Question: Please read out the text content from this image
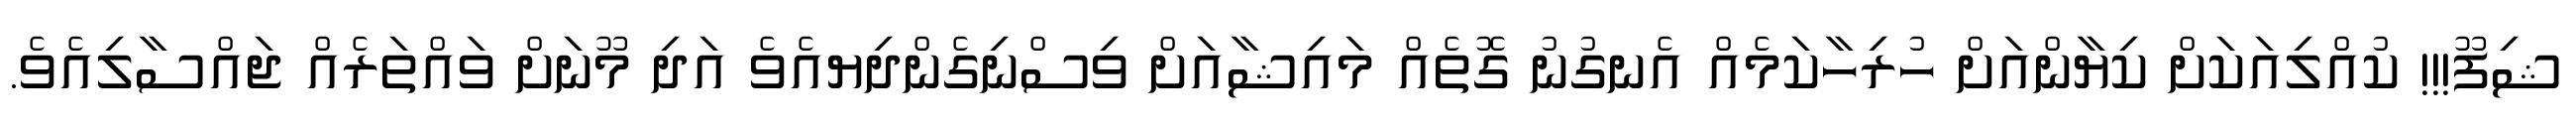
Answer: ޝިފޫ!!! ކުއްލިއަކަށް ކިޔާންއަށް ހުރިހާކަމެއް އެނގުނު ގޮތެއް މައިޝާއަށް ވިސްނިގެންދިޔއެވެ އަދި މޫނަށް ވައްތަރެއް ޖައްސާލިއެވެ.